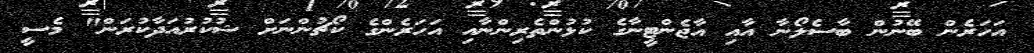
އަހަރެން ބޭނުން ބާސެލޯނާ އާއި އާޖެންޓީނާގެ ކުޅުންތެރިންނާއި އަހަރެންގެ ކޯޗުންނަށް ޝުކުރުއަދާކުރަން" މެސީ